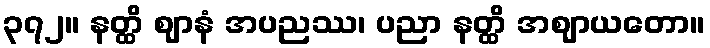
၃၇၂။ နတ္ထိ ဈာနံ အပညဿ၊ ပညာ နတ္ထိ အဈာယတော။